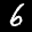
Label: 6